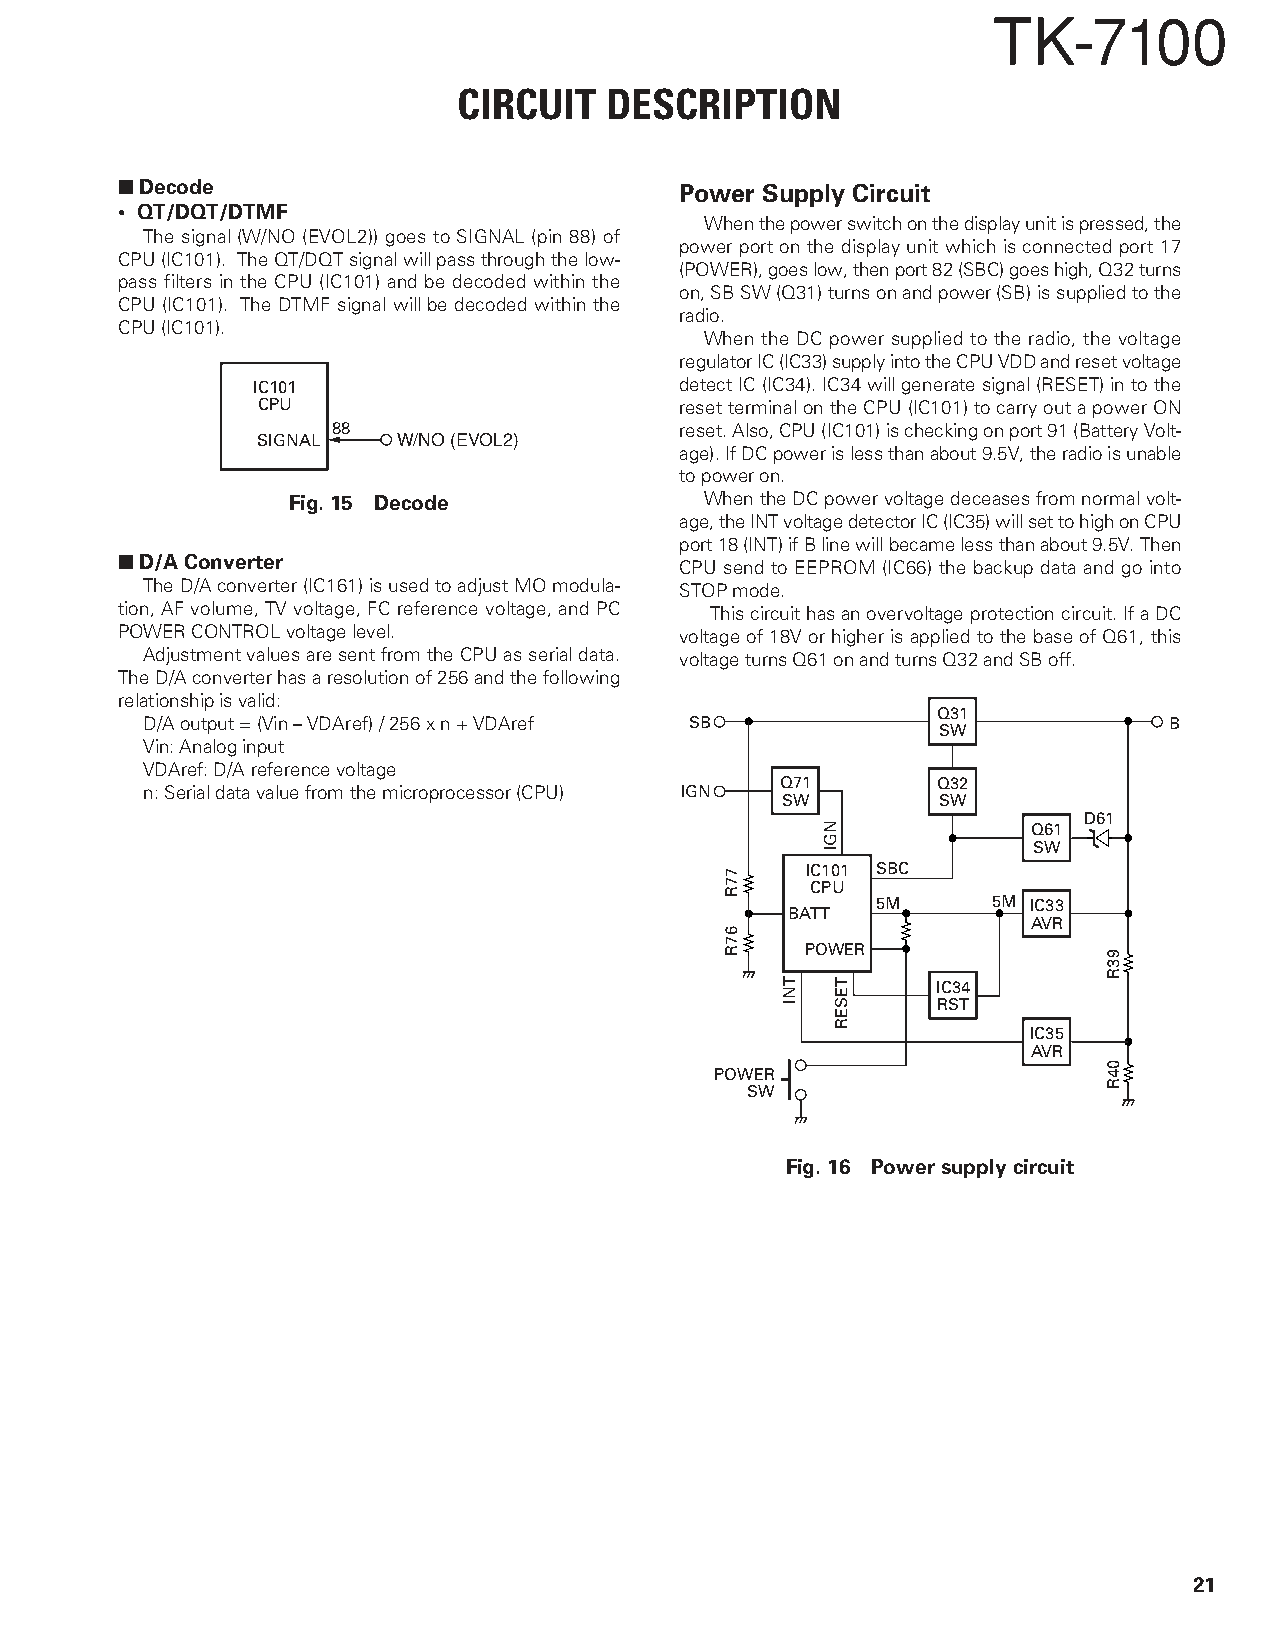
TK-7100
 CIRCUIT   DESCRIPTION
 ■ Decode                             Power Supply Circuit
 • QT/DQT/DTMF
 When the power switch on the display unit is pressed, the
 The signal (W/NO (EVOL2)) goes to SIGNAL (pin 88) of
 power port on the display unit which is connected port 17
 CPU (IC101). The QT/DQT signal will pass through the low-
 (POWER), goes low, then port 82 (SBC) goes high, Q32 turns
 pass filters in the CPU (IC101) and be decoded within the
 on, SB SW (Q31) turns on and power (SB) is supplied to the
 CPU (IC101). The DTMF signal will be decoded within the
 radio.
 CPU (IC101).
 When the DC power supplied to the radio, the voltage
 regulator IC (IC33) supply into the CPU VDD and reset voltage
 IC101                       detect IC (IC34). IC34 will generate signal (RESET) in to the
 CPU                         reset terminal on the CPU (IC101) to carry out a power ON
 88                     reset. Also, CPU (IC101) is checking on port 91 (Battery Volt-
 SIGNAL   W/NO (EVOL2)
 age). If DC power is less than about 9.5V, the radio is unable
 to power on.
 Fig. 15 Decode              When the DC power voltage deceases from normal volt-
 age, the INT voltage detector IC (IC35) will set to high on CPU
 port 18 (INT) if B line will became less than about 9.5V. Then
 ■ D/A Converter
 CPU send to EEPROM (IC66) the backup data and go into
 The D/A converter (IC161) is used to adjust MO modula- STOP mode.
 tion, AF volume, TV voltage, FC reference voltage, and PC This circuit has an overvoltage protection circuit. If a DC
 POWER CONTROL voltage level.         voltage of 18V or higher is applied to the base of Q61, this
 Adjustment values are sent from the CPU as serial data. voltage turns Q61 on and turns Q32 and SB off.
 The D/A converter has a resolution of 256 and the following
 relationship is valid:
 Q31
 D/A output = (Vin – VDAref) / 256 x n + VDAref SB                   B
 SW
 Vin: Analog input
 VDAref: D/A reference voltage
 Q71       Q32
 n: Serial data value from the microprocessor (CPU) IGN
 SW        SW
 D61
 Q61
 SW
 IC101 SBC
 CPU
 5M      5M IC33
 BATT
 AVR
 POWER
 IC34
 RST
 IC35
 AVR
 POWER
 SW
 Fig. 16 Power supply circuit
 21
 77R
 67R
 TNI
 NGI
 TESER
 93R
 04R